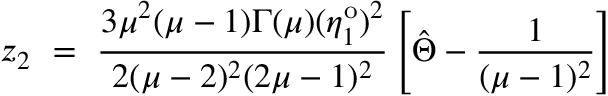
z _ { 2 } ~ = ~ \frac { 3 \mu ^ { 2 } ( \mu - 1 ) \Gamma ( \mu ) ( \eta _ { 1 } ^ { \mathrm { o } } ) ^ { 2 } } { 2 ( \mu - 2 ) ^ { 2 } ( 2 \mu - 1 ) ^ { 2 } } \left[ \hat { \Theta } - \frac { 1 } { ( \mu - 1 ) ^ { 2 } } \right]